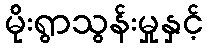
မိုးရွာသွန်းမှုနှင့်